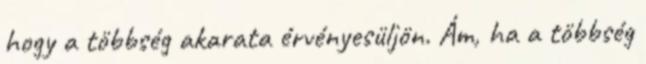
hogy a többség akarata érvényesüljön. Ám, ha a többség